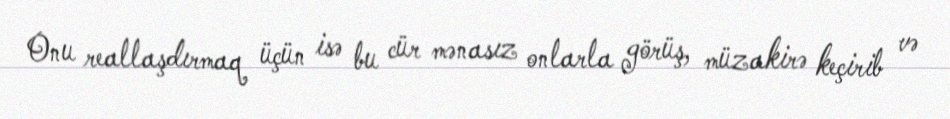
Onu reallaşdırmaq üçün isə bu cür mənasız onlarla görüş, müzakirə keçirib və